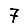
Digit: 7